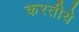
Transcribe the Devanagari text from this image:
करतीये